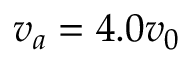
v _ { a } = 4 . 0 v _ { 0 }